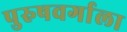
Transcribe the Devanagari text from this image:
पुरुषवर्गाला